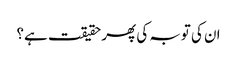
ان کی توبہ کی پھر حقیقت ہے؟